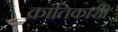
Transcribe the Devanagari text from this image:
क्रांतिकारीी